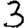
Digit: 3